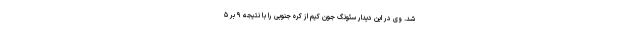
شد. وی در این دیدار سئونگ جون کیم از کره جنوبی را با نتیجه ۹ بر ۵